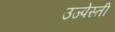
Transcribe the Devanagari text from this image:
उज्पेस्ती